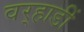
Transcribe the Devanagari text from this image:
वर्‍हाडीं